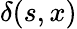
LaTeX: \delta(s,x)